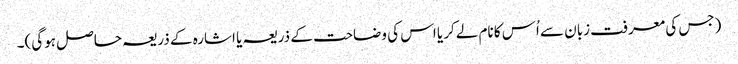
(جس کی معرفت زبان سے اُس کا نام لےکر یا اس کی وضاحت کے ذریعہ یا اشارہ کے ذریعہ حاصل ہوگی)۔